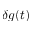
\delta g ( t )